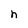
Character: h